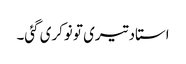
استاد تیری تو نوکری گئی۔